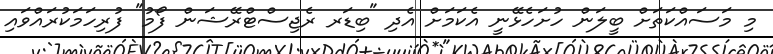
މި މަސައްކަތަށް ބީލަން ހުށަހެޅޭނީ އެކަމަށް އެދި "ބިޑަރ ރެޖިސްޓްރޭޝަން ފޯމު" ފުރިހަމަކުރައްވައި